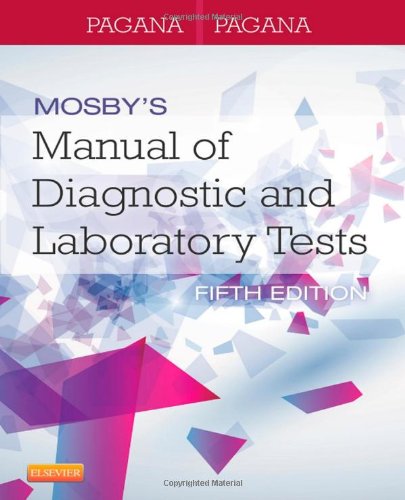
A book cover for Mosby's Manual of Diagnostic and Laboratory Tests, 5e; Kathleen Deska Pagana PhD  RN; Medical Books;